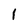
Character: 1